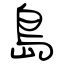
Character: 島